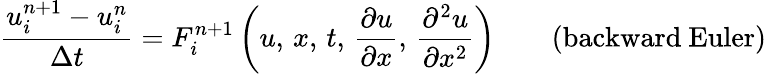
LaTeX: {\frac{u_{i}^{n+1}-u_{i}^{n}}{\Delta t}}=F_{i}^{n+1}\left(u,\, x,\, t,\, {\frac{\partial u}{\partial x}},\, {\frac{\partial^{2}u}{\partial x^{2}}}\right)\qquad{\mathrm{(backward~Euler)}}